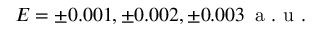
E = \pm 0 . 0 0 1 , \pm 0 . 0 0 2 , \pm 0 . 0 0 3 \, \mathrm { ~ a ~ . ~ u ~ . ~ }